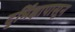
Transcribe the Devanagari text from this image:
दुर्भिक्षापासून